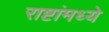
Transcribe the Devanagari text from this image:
राष्टांमध्ये